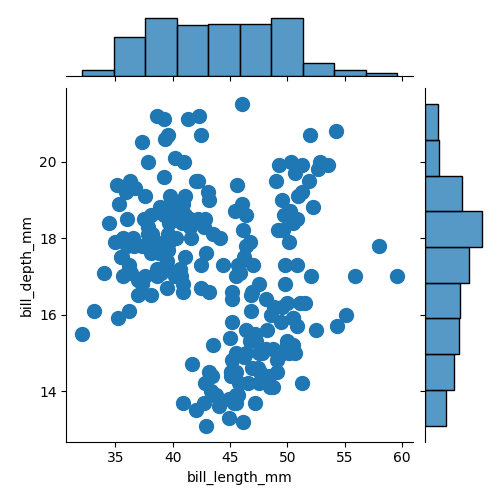
python, seaborn, jointplot, kind='scatter', height='5', ratio='5', marginal_ticks='False'